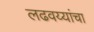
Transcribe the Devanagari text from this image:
लढवय्यांचा